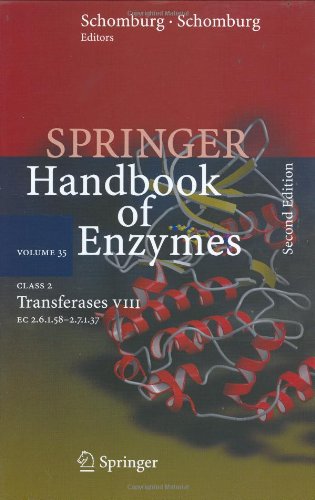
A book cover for Class 2 Transferases VIII: EC 2.6.1.58 - 2.7.1.37 (Springer Handbook of Enzymes); Medical Books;